Indian journal of veterinary science and animal husbandry - Volumes 26-27, 1956-1957
Year: 1956
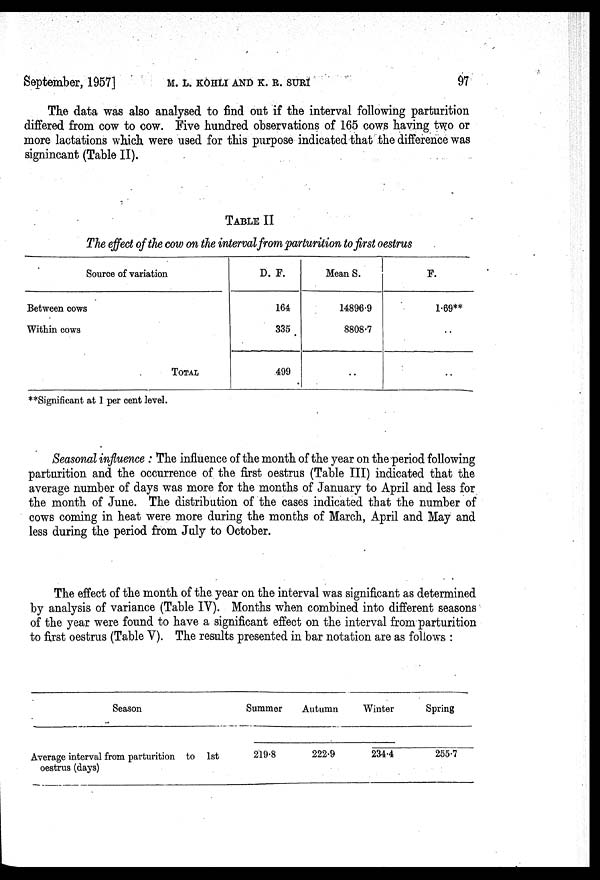
September, 1957]
M. L.
KOHLI
AND
K.
R.
SURI
97
The data was also analysed to find out if the interval following parturition
differed from cow to cow. Five hundred observations of 165 cows having two or
more lactations which were used for this purpose indicated that the difference was
signincant (Table II).
TABLE II
The effect of the cow on the interval from parturition to first oestrus
Source of variation
Between cows
Within cows
TOTAL
D. F.
164
335
499
Mean S.
14896.9
8808.7
..
F.
1.69**
..
..
**Significant at 1 per cent level.
Seasonal influence : The influence of the month of the year on the period following
parturition and the occurrence of the first oestrus (Table III) indicated that the
average number of days was more for the months of January to April and less for
the month of June. The distribution of the cases indicated that the number of
cows coming in heat were more during the months of March, April and May and
less during the period from July to October.
The effect of the month of the year on the interval was significant as determined
by analysis of variance (Table IV). Months when combined into different seasons
of the year were found to have a significant effect on the interval from parturition
to first oestrus (Table V). The results presented in bar notation are as follows :
Season
Average interval from parturition to 1st
oestrus (days)
Summer
219.8
Autumn
222.9
Winter
234.4
Spring
255.7